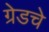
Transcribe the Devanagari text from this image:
ग्रेडचे